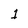
Character: 1